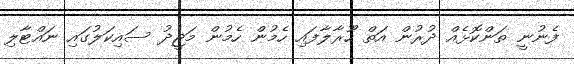
ފެނުނީ ތަންކޮޅެއް ދުރުން އަތް ހޫރާލާފައި ހެމުން ހެމުން މަޖީދު ސައިކަލުގައި ނައްޓާލި